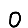
Digit: 0